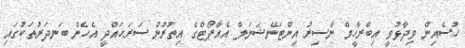
ހުސެއިން ވިދާޅުވީ އިބްރާހީމް ނާސިރު އިންޓަނޭޝަނަލް އެއާޕޯޓްގެ އިތުރުން ސަރަހައްދީ އެހެން ބަނދަރުތަކުގައި